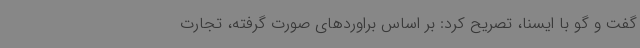
گفت و گو با ایسنا، تصریح کرد: بر اساس براوردهای صورت گرفته، تجارت